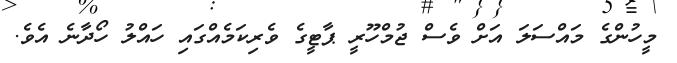
މީހުންގެ މައްސަލަ އަށް ވެސް ޖުމްހޫރީ ޕާޓީގެ ވެރިކަމެއްގައި ހައްލު ހޯދާނެ އެވެ.